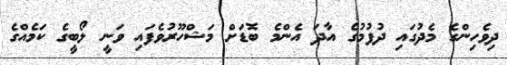
ދިވެހިންގެ މެދުގައި ދުފުމުގެ އާދަ އެންމެ ބޮޑަށް މަޝްހޫރުވެފައި ވަނީ ލޯބީގެ ކަމެއްގެ